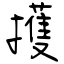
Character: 擭